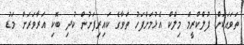
ތަވައަކަށް ފުލްކްރީމް މިލްކް އެޅުމަށްފަހު ތަވާގެ ކައިރިފަށުން ކުދި ބޮކި އަރާވަރަށް މަޑު